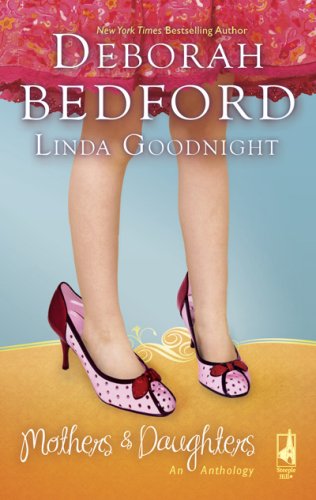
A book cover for Mothers And Daughters: An Anthology: The Hair Ribbons\Unforgettable (Steeple Hill Fiction Steeple Hill); Deborah Bedford; Religion & Spirituality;